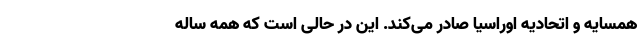
همسایه و اتحادیه اوراسیا صادر می‌کند. این در حالی است که همه ساله